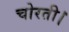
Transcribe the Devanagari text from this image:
चोरती।